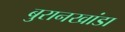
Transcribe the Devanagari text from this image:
बुरानखांडा